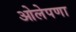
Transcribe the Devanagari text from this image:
ओलेपणा